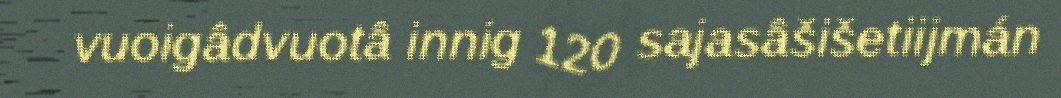
vuoigâdvuotâ innig 120 sajasâšišetiijmán